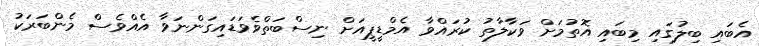
އެބައި ބިލުގައި މިބައި އޮތުމަށް ވަކާލާތު ކުރައްވާ އެމްޑީޕީއަށް ނިސްބަތްވެވަޑައިގަންނަވާ އެއްވެސް މެންބަރަކު